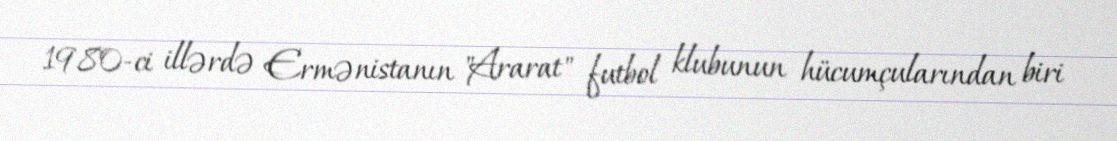
1980-ci illərdə Ermənistanın "Ararat" futbol klubunun hücumçularından biri